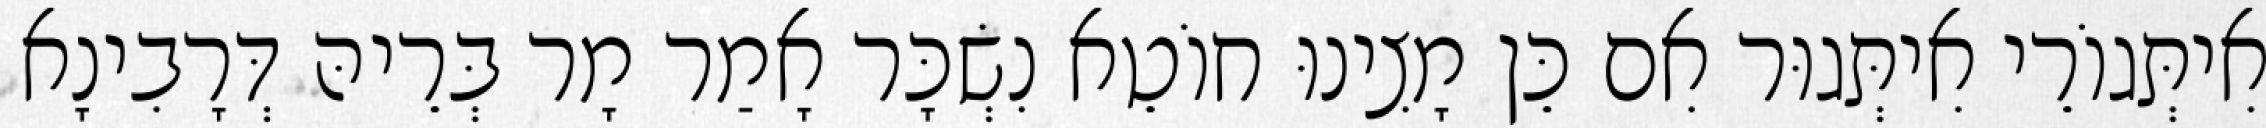
אִיתְּגוֹרֵי אִיתְּגוּר אִם כֵּן מָצִינוּ חוֹטֵא נִשְׂכָּר אָמַר מָר בְּרֵיהּ דְּרָבִינָא